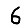
Digit: 6